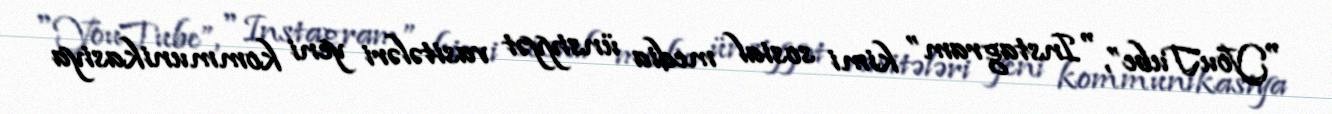
"YouTube”, "Instagram” kimi sosial media ünsiyyət vasitələri yeni kommunikasiya